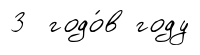
3 годо́в году